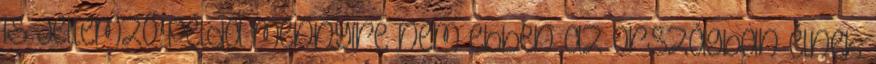
is jellemző példa mennyire nem ebben az országban élnek